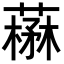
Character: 𦼪